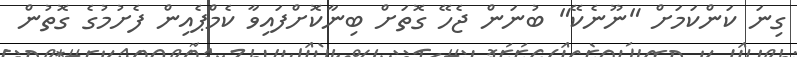
ގިނަ ކަންކަމަށް "ނޫނެކޭ" ބުނަން ޖެހޭ ގޮތަށް ބިނާކޮށްފައިވާ ކެމްޕެއިން ފެށުމުގެ ގޮތުން